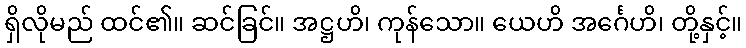
ရှိလိုမည် ထင်၏။ ဆင်ခြင်။ အဋ္ဌဟိ၊ ကုန်သော။ ယေဟိ အင်္ဂေဟိ၊ တို့နှင့်။